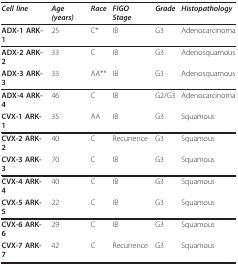
| Cell line | Age (years) | Race | FIGO Stage | Grade | Histopathology |
 | --- | --- | --- | --- | --- | --- |
 | ADX-1 ARK-1 | 25 | C* | IB | G3 | Adenocarcinoma |
 | ADX-2 ARK-2 | 33 | C | IB | G3 | Adenosquamous |
 | ADX-3 ARK-3 | 33 | AA** | IB | G3 | Adenosquamous |
 | ADX-4 ARK-4 | 46 | C | IB | G2/G3 | Adenocarcinoma |
 | CVX-1 ARK-1 | 35 | AA | IB | G3 | Squamous |
 | CVX-2 ARK-2 | 40 | C | Recurrence | G3 | Squamous |
 | CVX-3 ARK-3 | 70 | C | IB | G3 | Squamous |
 | CVX-4 ARK-4 | 40 | C | IB | G3 | Squamous |
 | CVX-5 ARK-5 | 22 | C | IB | G3 | Squamous |
 | CVX-6 ARK-6 | 29 | C | IB | G3 | Squamous |
 | CVX-7 ARK-7 | 42 | C | Recurrence | G3 | Squamous |